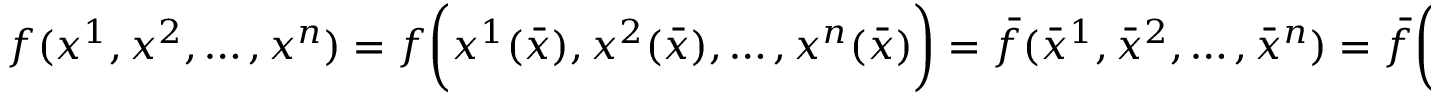
f ( x ^ { 1 } , x ^ { 2 } , \dots , x ^ { n } ) = f { \bigg ( } x ^ { 1 } ( { \bar { x } } ) , x ^ { 2 } ( { \bar { x } } ) , \dots , x ^ { n } ( { \bar { x } } ) { \bigg ) } = { \bar { f } } ( { \bar { x } } ^ { 1 } , { \bar { x } } ^ { 2 } , \dots , { \bar { x } } ^ { n } ) = { \bar { f } } { \bigg ( } { \bar { x } } ^ { 1 } ( x ) , { \bar { x } } ^ { 2 } ( x ) , \dots , { \bar { x } } ^ { n } ( x ) { \bigg ) }